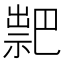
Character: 𥛁